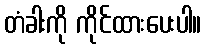
တံခါးကို ကိုင်ထားပေးပါ။